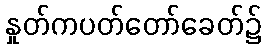
နှုတ်ကပတ်တော်ခေတ်၌